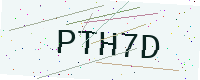
Text: PTH7D